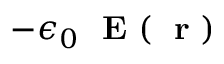
- \epsilon _ { 0 } \mathrm { ~ \bf ~ E ~ } ( \mathrm { ~ \bf ~ r ~ } )